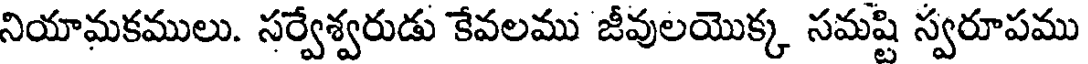
నియామకములు. సర్వేశ్వరుడు కేవలము జీవులయొక్క సమష్టి స్వరూపము